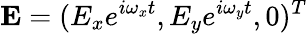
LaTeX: \mathbf{E}=(E_{x}e^{i\omega_{x}t},E_{y}e^{i\omega_{y}t},0)^{T}